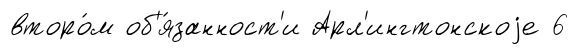
второ́м об'я́занност'и Арл'ингтонскоjе 6